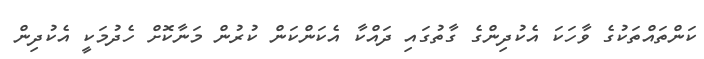
ކަންތައްތަކުގެ ވާހަކަ އެކުދިންގެ ގާތުގައި ދައްކާ އެކަންކަން ކުރުން މަނާކޮށް ހެދުމަކީ އެކުދިން